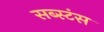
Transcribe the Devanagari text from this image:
सब्स्टंस